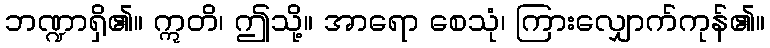
ဘဏ္ဍာရှိ၏။ ဣတိ၊ ဤသို့။ အာရော စေသုံ၊ ကြားလျှောက်ကုန်၏။